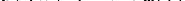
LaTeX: \smash{p_{\varepsilon}(x,\cdot)\stackrel{w}{\to}\delta_{\Phi(x)}}